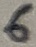
Text: 6